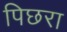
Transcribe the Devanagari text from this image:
पिछरा